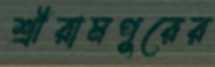
শ্রীরামপুরের